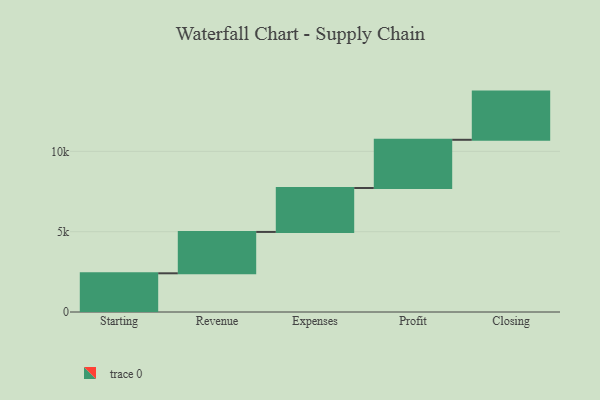
{"axis": {"x": "Step", "y": "Value"}, "legend": [""], "data": [{"x": "Starting", "y": 2409.0, "type": ""}, {"x": "Revenue", "y": 2576.0, "type": ""}, {"x": "Expenses", "y": 2736.0, "type": ""}, {"x": "Profit", "y": 3000, "type": ""}, {"x": "Closing", "y": 3000, "type": ""}]}